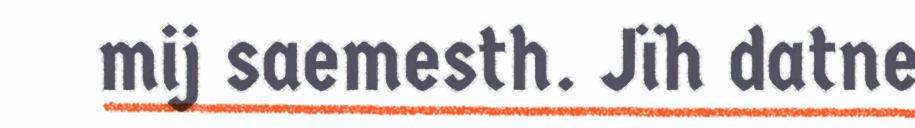
mij saemesth. Jïh datne